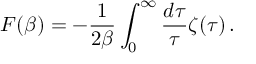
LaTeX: { } F ( \beta ) = - { \frac { 1 } { 2 \beta } } \int _ { 0 } ^ { \infty } { \frac { d \tau } { \tau } } \zeta ( \tau ) \, .